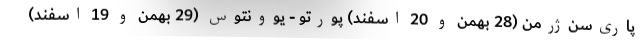
پاری‌سن‌ژرمن (28 بهمن و 20 اسفند) پورتو - یوونتوس (29 بهمن و 19 اسفند)